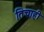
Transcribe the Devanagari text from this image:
तिचाही